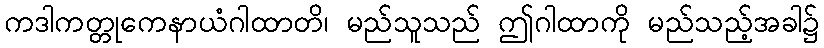
ကဒါကတ္တုကေနာယံဂါထာတိ၊ မည်သူသည် ဤဂါထာကို မည်သည့်အခါ၌